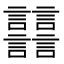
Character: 𧮦